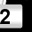
Digit: 2